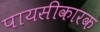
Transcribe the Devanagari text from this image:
पायसीकारक